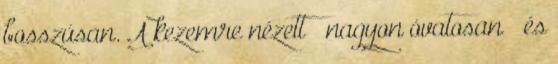
bosszúsan. A kezemre nézett – nagyon óvatosan – és